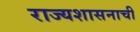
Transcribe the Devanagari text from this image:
राज्यशासनाची